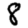
Digit: 8